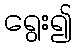
ရွေး၍